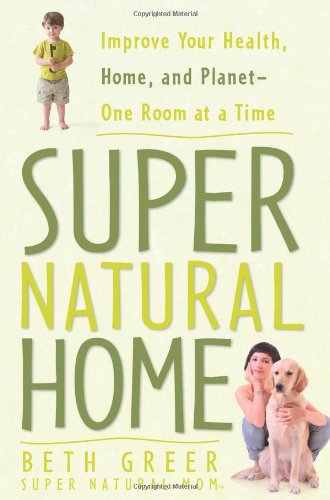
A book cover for Super Natural Home: Improve Your Health, Home, and Planet--One Room at a Time; Beth Greer; Crafts, Hobbies & Home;